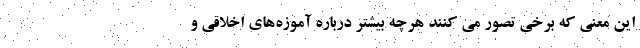
این معنی که برخی تصور می کنند هرچه بیشتر درباره آموزه‌های اخلاقی و